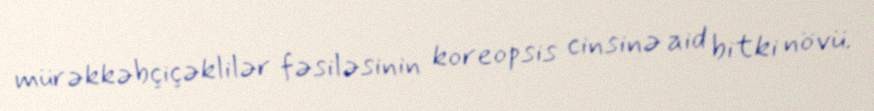
mürəkkəbçiçəklilər fəsiləsinin koreopsis cinsinə aid bitki növü.